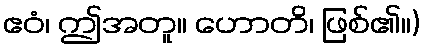
ဧဝံ၊ ဤအတူ။ ဟောတိ၊ ဖြစ်၏။)